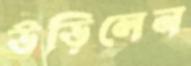
উড়িলেন